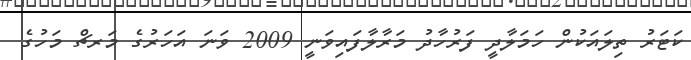
ކަޓަރު ތިލައަކުން ހަމަލާދީ ފަރުހާދު މަރާލާފައިވަނީ 2009 ވަނަ އަހަރުގެ މަރޗް މަހުގެ